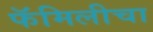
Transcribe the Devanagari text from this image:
फॅमिलीचा